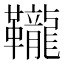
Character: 䪊